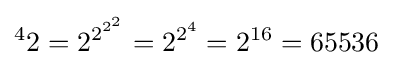
{^{4}2}=2^{2^{2^{2}}}=2^{2^{4}}=2^{16}=65536